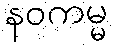
နဝကမ္မ